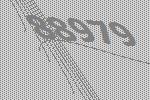
88979